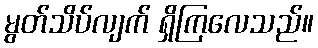
မွတ်သိပ်လျက် ရှိကြလေသည်။